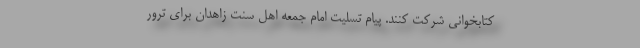
کتابخوانی شرکت کنند. پیام تسلیت امام جمعه اهل سنت زاهدان برای ترور